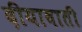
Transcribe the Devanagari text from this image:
दीयाबाती